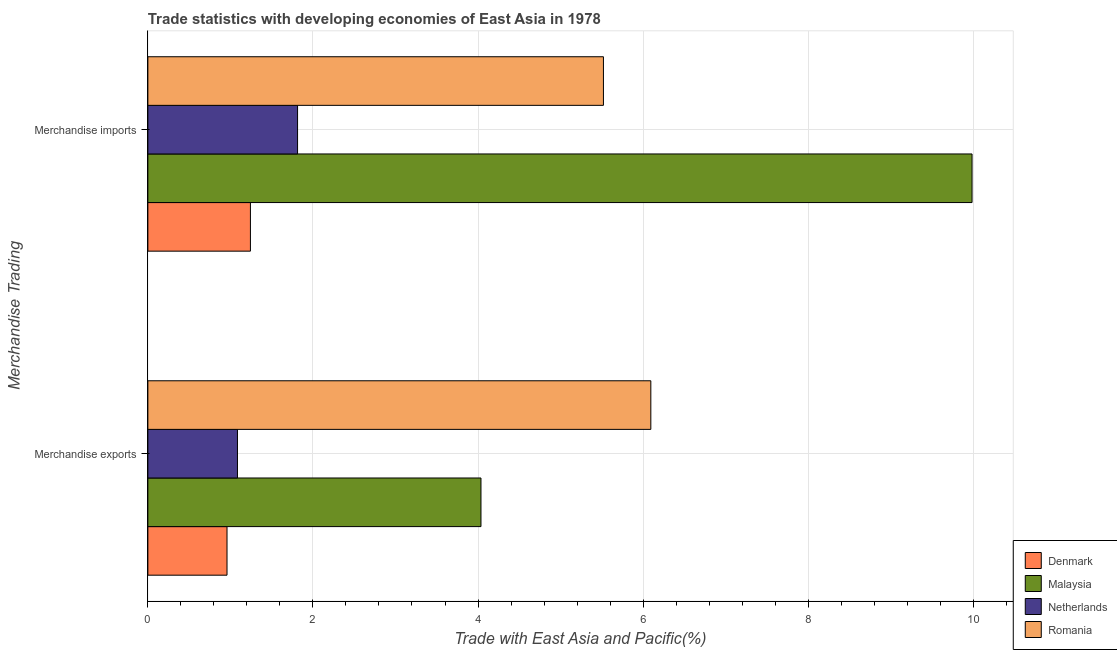
| Merchandise Trading | Denmark | Malaysia | Netherlands | Romania |
 | --- | --- | --- | --- | --- |
 | Merchandise exports | 0.959 | 4.04 | 1.09 | 6.09 |
 | Merchandise imports | 1.24 | 9.99 | 1.81 | 5.52 |